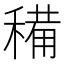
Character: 𥡘